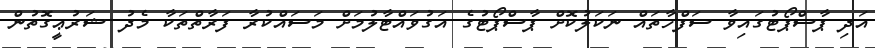
އަދި ޕާސްޕޯޓުގައިވާ ސަފްހާތައް ނަކަލުކޮށް ޕާސްޕޯޓުގެ އަގުވައްޓާލުމަށް މަސައްކުރާ ފަރާތްތަކާ މެދު ޝަރުޢީގޮތުން